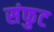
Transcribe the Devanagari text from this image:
संफुट